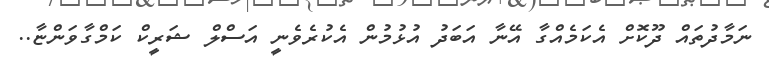
ނަމާދުތައް ދޫކޮށް އެކަމެއްގާ އޭނާ އަބަދު އުޅުމުން އެކުރެވެނީ އަސްލް ޝަރީކް ކަމްގާވަންޏާ..